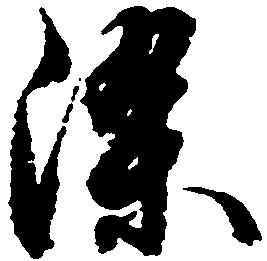
染